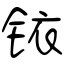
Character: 铱